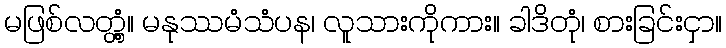
မဖြစ်လတ္တံ့။ မနုဿမံသံပန၊ လူသားကိုကား။ ခါဒိတုံ၊ စားခြင်းငှာ။